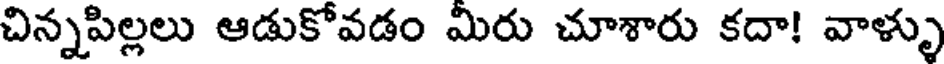
చిన్నపిల్లలు ఆడుకోవడం మిరు చూశారు కదా! వాళ్ళు